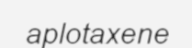
aplotaxene